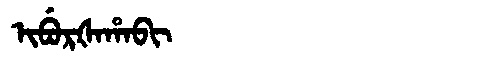
Manchu: ᡳᠪᡠᡵᡧᠠᡥᠠᠪᡳ
Romanization: IBURŠAHABI